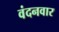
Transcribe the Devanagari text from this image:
वंदनवार